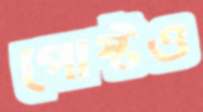
পোস্টও